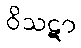
ဝိသဋာ